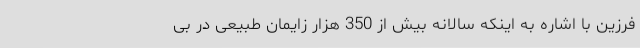
فرزین با اشاره به اینکه سالانه بیش از 350 هزار زایمان طبیعی در بی